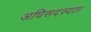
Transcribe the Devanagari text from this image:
अधिसदस्यता